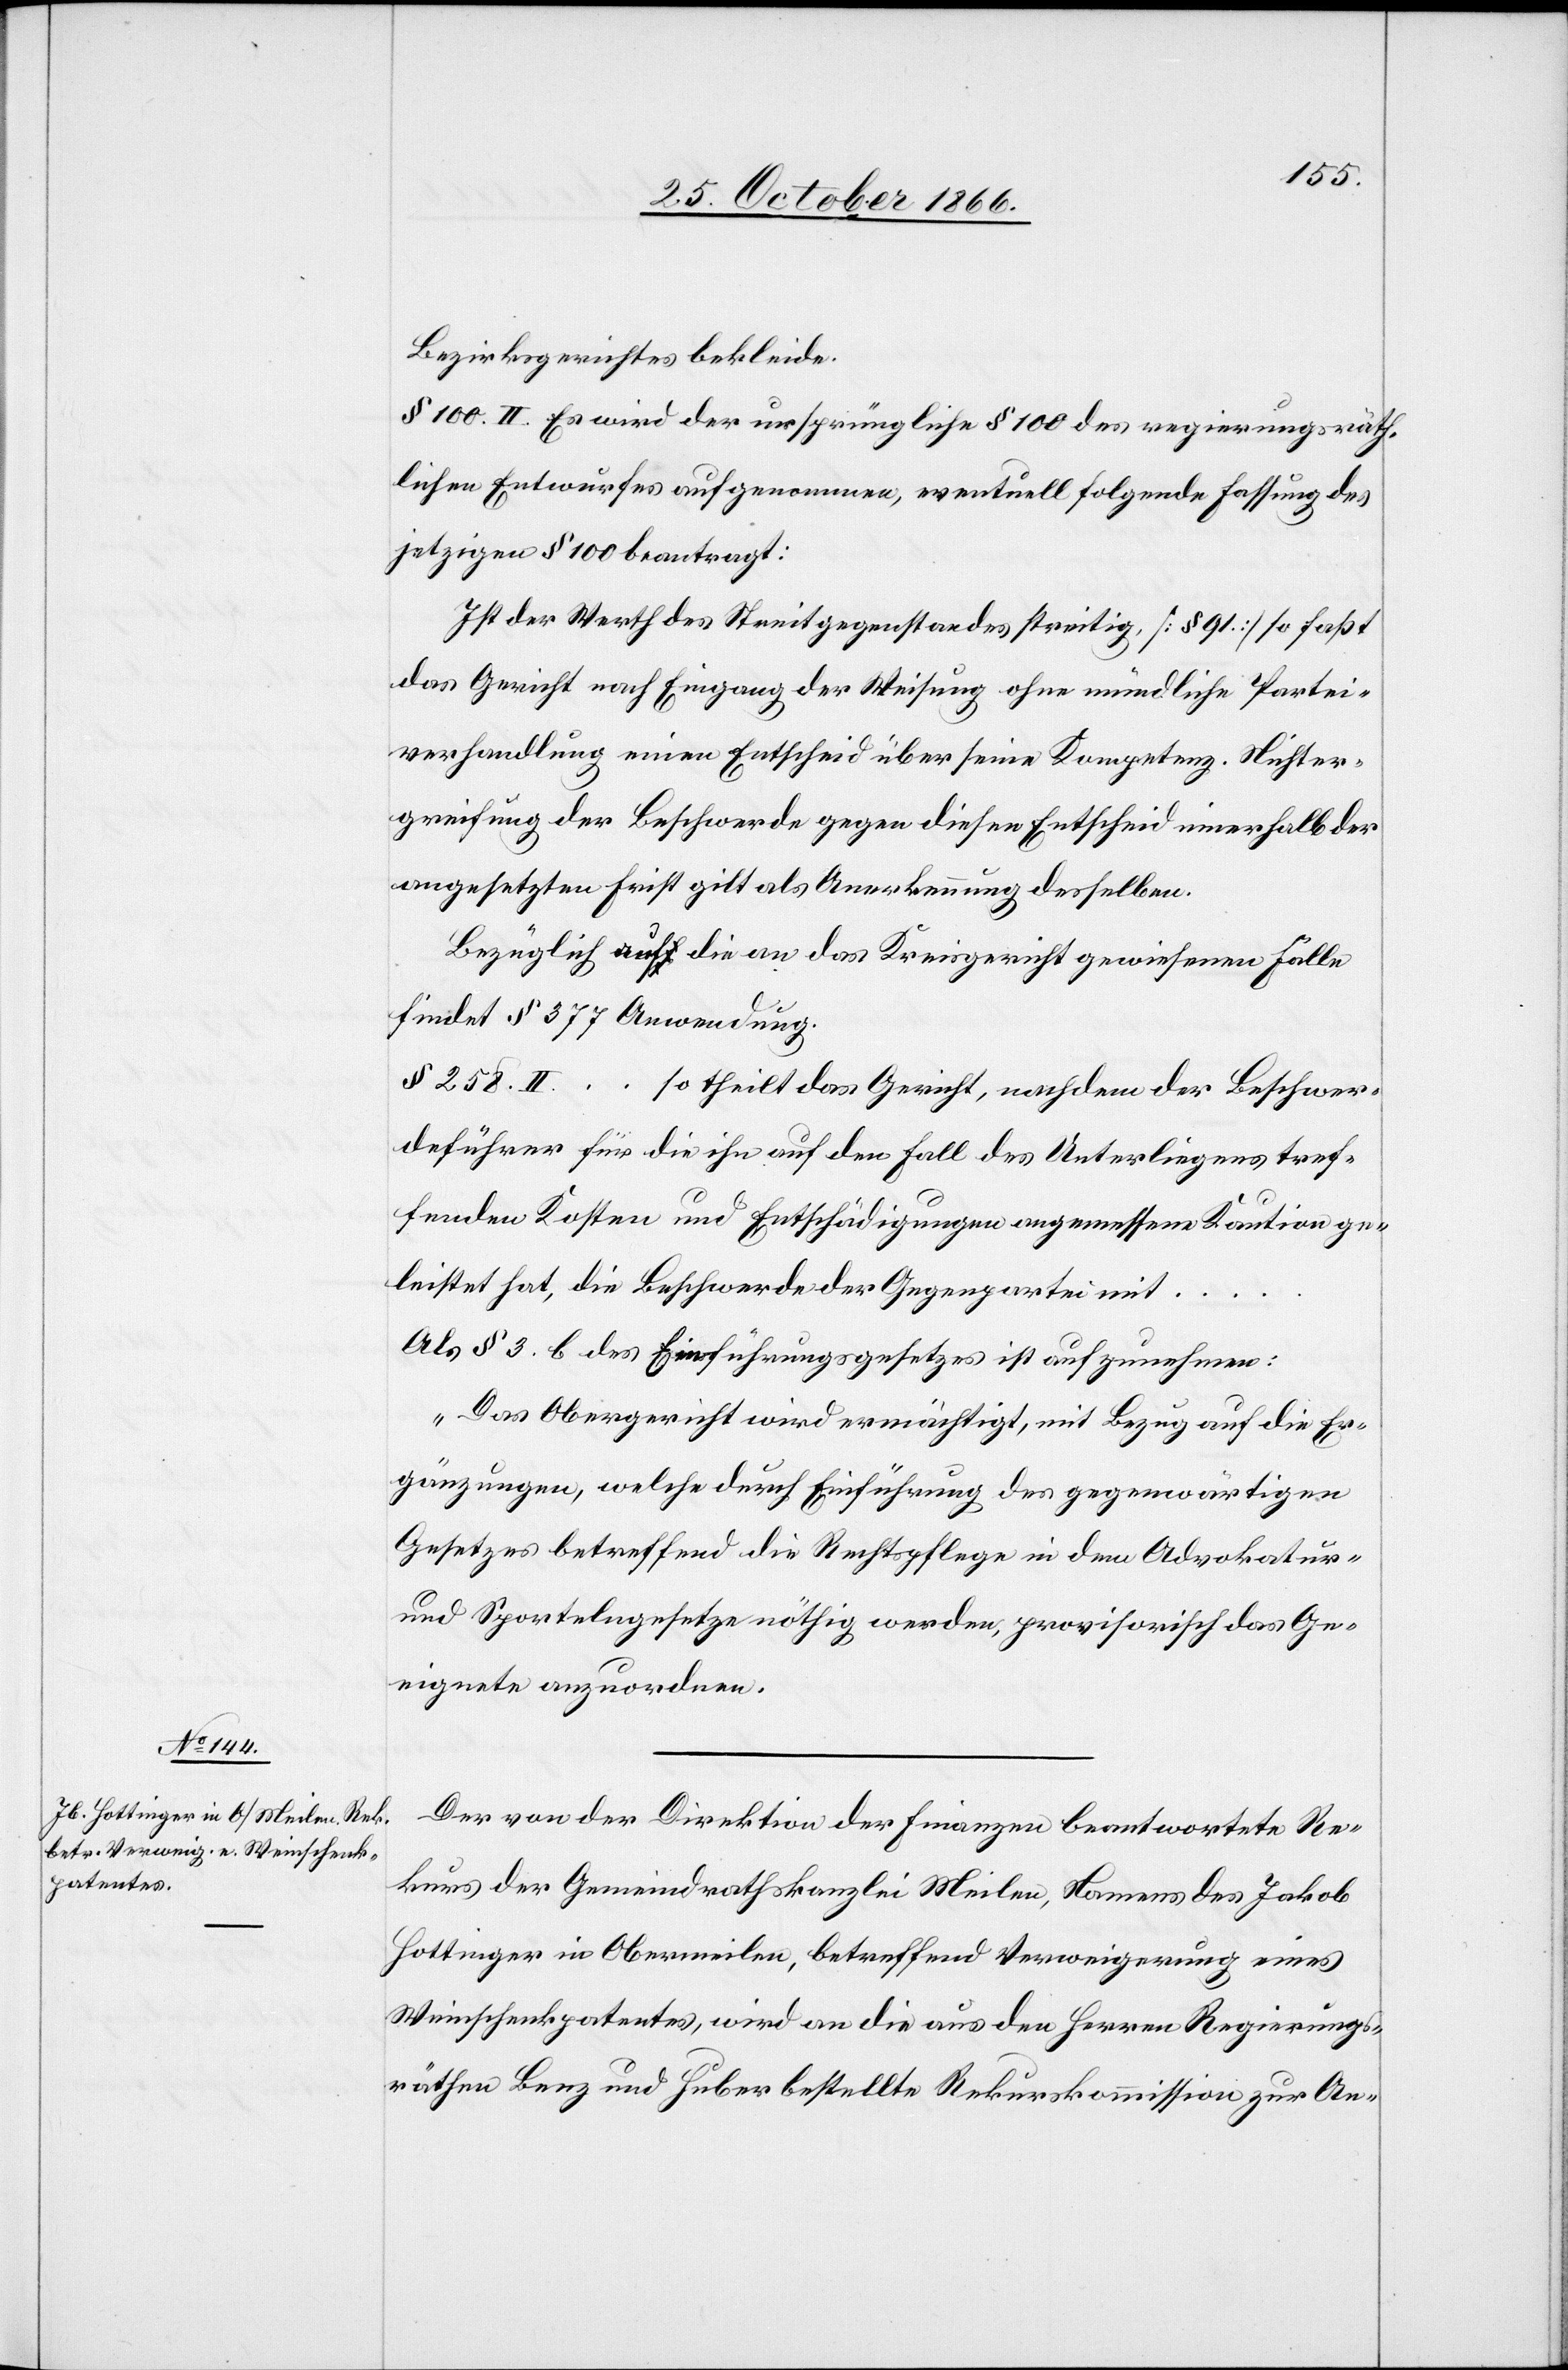
28. October 1866.
Bezirksgerichtes bekleide.
§ 100. II. Es wird der ursprüngliche § 100 des regierungsräth¬
lichen Entwurfes aufgenommen, eventuell folgende Fassung des
jetzigen § 100 beantragt:
Ist der Werth des Streitgegenstandes streitig [§ 91] so faßt
das Gericht nach Eingang der Weisung ohne mündliche Partei¬
verhandlung einen Entscheid über seine Kompetenz. Nichter¬
greifung der Beschwerde gegen diesen Entscheid innerhalb der
angesetzten Frist gilt als Anerkennung desselben.
Bezüglich auf die an das Kreisgericht gewiesenen Fälle
findet § 377 Anwendung.
§ 258. II. … so theilt das Gericht, nachdem der Beschwer¬
deführer für die ihn auf den Fall des Unterliegens tref¬
fenden Kosten und Entschädigungen angemessene Kaution ge¬
leistet hat, die Beschwerde der Gegenpartei mit …
Als § 3 b. des Einführungsgesetzes ist aufzunehmen:
„Das Obergericht wird ermächtigt, mit Bezug auf die Er¬
gänzungen, welche durch Einführung des gegenwärtigen
Gesetzes betreffend die Rechtspflege in dem Advokatur-
und Sportelngesetze nöthig werden, provisorisch das Ge¬
eignete anzuordnen.[“]
Der von der Direktion der Finanzen beantwortete Re¬
kurs der Gemeindrathskanzlei Meilen, Namens des Jakob
Hottinger in Obermeilen, betreffend Verweigerung eines
Weinschenkpatentes, wird an die aus den Herren Regierungs¬
räthen Benz und Huber bestellte Rekurskommission zur An-